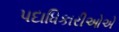
પદાધિકારીઓએ